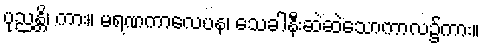
ပုညန္တိ၊ ကား။ မရဏကာလေပန၊ သေခါနီးဆဲဆဲသောကာလ၌ကား။